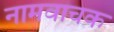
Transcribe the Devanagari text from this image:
नामवाचक